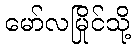
မော်လမြိုင်သို့